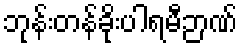
ဘုန်းတန်ခိုးပါရမီဉာဏ်